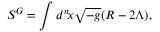
S ^ { G } = \int d ^ { n } \! x \sqrt { - g } ( R - 2 \Lambda ) ,